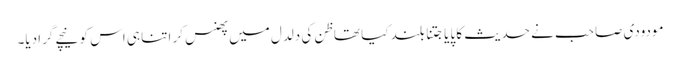
مودودی صاحب نے حدیث کا پایا جتنا بلند کیا تھا ظن کی دلدل میں پھنس کر اتنا ہی اس کو نیچے گرادیا۔